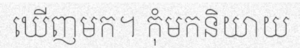
ឃើញមក។ កុំមកនិយាយ